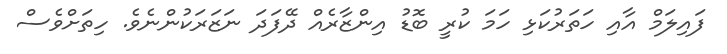
ފައިލަމް އާއި ހަތަރުކަޅި ހަމަ ކުރީ ބޮޑު އިންޒާރެއް ދޭފަދަ ނަޒަރަކުންނެވެ. ހިތަށްވެސް